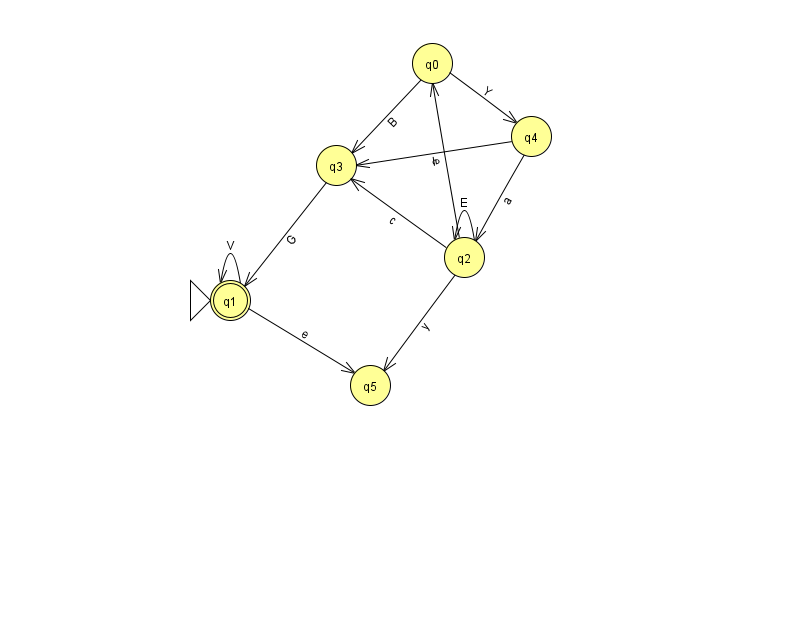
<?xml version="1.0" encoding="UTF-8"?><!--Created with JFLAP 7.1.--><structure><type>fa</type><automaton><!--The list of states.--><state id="0" name="q0"><x>432.0</x><y>50.0</y></state><state id="1" name="q1"><x>230.0</x><y>287.0</y><initial/><final/></state><state id="2" name="q2"><x>464.0</x><y>244.0</y></state><state id="3" name="q3"><x>336.0</x><y>152.0</y></state><state id="4" name="q4"><x>531.0</x><y>123.0</y></state><state id="5" name="q5"><x>370.0</x><y>372.0</y></state><!--The list of transitions.--><transition><from>2</from><to>3</to><read>c</read></transition><transition><from>4</from><to>3</to><read>I</read></transition><transition><from>2</from><to>2</to><read>E</read></transition><transition><from>3</from><to>1</to><read>G</read></transition><transition><from>1</from><to>1</to><read>V</read></transition><transition><from>2</from><to>5</to><read>y</read></transition><transition><from>4</from><to>2</to><read>a</read></transition><transition><from>2</from><to>0</to><read>e</read></transition><transition><from>1</from><to>5</to><read>e</read></transition><transition><from>0</from><to>4</to><read>Y</read></transition><transition><from>0</from><to>3</to><read>B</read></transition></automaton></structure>